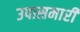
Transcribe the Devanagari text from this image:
उपासमारी